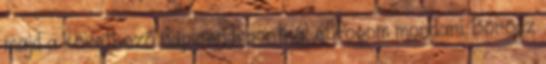
majd a következő napirendi pontnál el fogom mondani. Böröcz